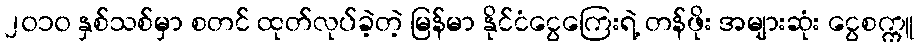
၂၀၁၀ နှစ်သစ်မှာ စတင် ထုတ်လုပ်ခဲ့တဲ့ မြန်မာ နိုင်ငံငွေကြေးရဲ့ တန်ဖိုး အများဆုံး ငွေစက္ကူ